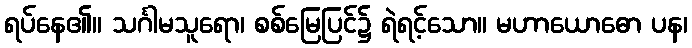
ရပ်နေ၏။ သင်္ဂါမသူရော၊ စစ်မြေပြင်၌ ရဲရင့်သော။ မဟာယောဓော ပန၊